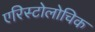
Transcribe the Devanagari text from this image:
एरिस्टोलोचिक